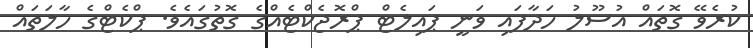
ކުރެވޭ ގޮތައް އުސޫލު ހަދާފައި ވަނީ ޕައިލެޓް ޕްރޮޖެކްޓެއްގެ ގޮތުގައެވެ. ޕްކެޓްގެ ހާލަތައް